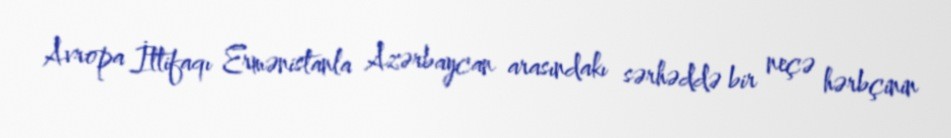
Avropa İttifaqı Ermənistanla Azərbaycan arasındakı sərhəddə bir neçə hərbçinin